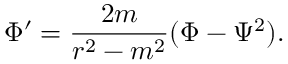
\Phi ^ { \prime } = { \frac { 2 m } { r ^ { 2 } - m ^ { 2 } } } ( \Phi - \Psi ^ { 2 } ) .